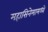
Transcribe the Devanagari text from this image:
महासिनेमामध्ये